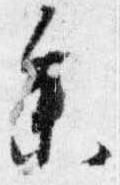
参